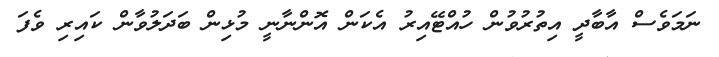
ނަމަވެސް އާބާދީ އިތުރުވުން ހުއްޓޭއިރު އެކަން އޮންނާނީ މުޅިން ބަދަލުވާން ކައިރި ވެފަ